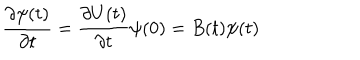
{ \frac { \partial \psi ( t ) } { \partial t } } = { \frac { \partial U ( t ) } { \partial t } } \psi ( 0 ) = B ( t ) \psi ( t )